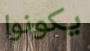
يكونوا